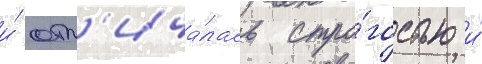
и́ отл'ича́лась стро́гостью и́